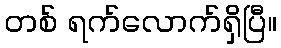
တစ် ရက်လောက်ရှိပြီ။